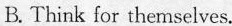
B. Think for themselves.